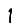
Digit: 1